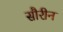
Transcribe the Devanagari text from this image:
सौरीन